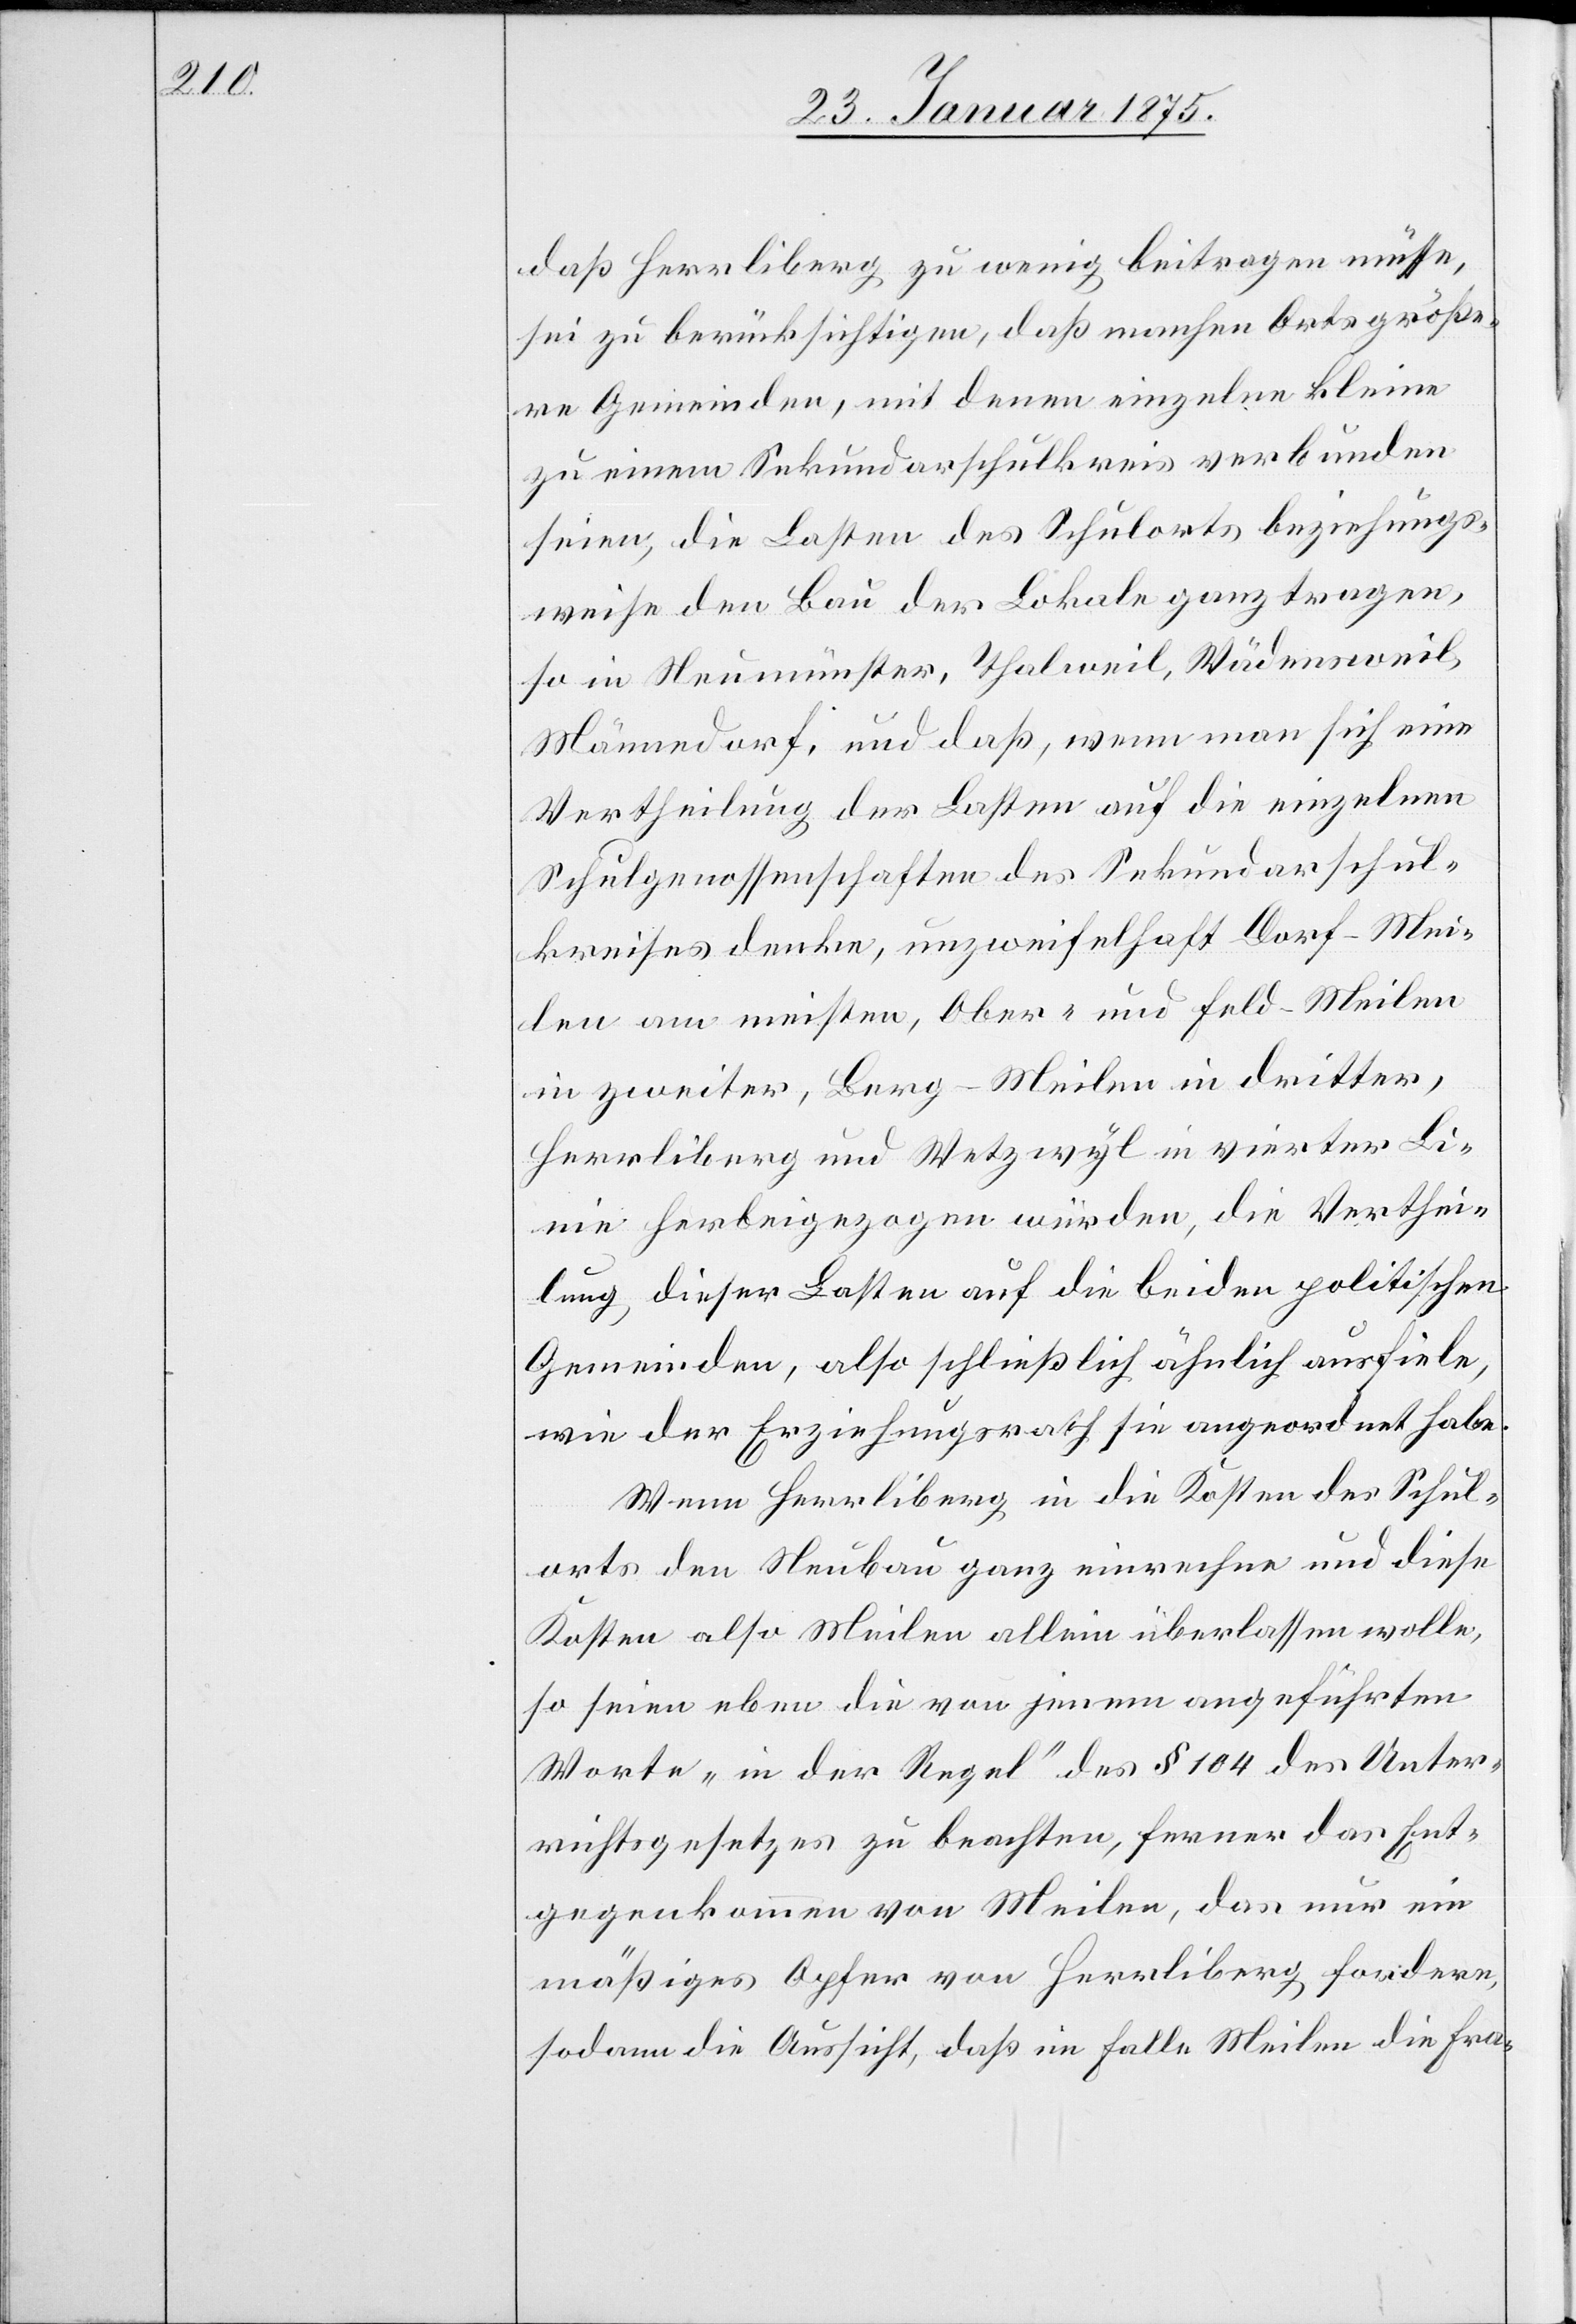
daß Herrliberg zu wenig beitragen müsse,
sei zu berücksichtigen, daß manchen Orts größe¬
re Gemeinden, mit denen einzelne kleine
zu einem Sekundarschulkreis verbunden
seien, die Lasten des Schulorts beziehungs¬
weise den Bau der Lokale ganz tragen,
so in Neumünster, Thalweil, Wädensweil,
Männedorf, und daß, wenn man sich eine
Vertheilung der Lasten auf die einzelnen
Schulgenossenschaften des Sekundarschul¬
kreises denke, unzweifelhaft Dorf-Mei¬
len am meisten, Ober- und Feld-Meilen
in zweiter, Berg-Meilen in dritter,
Herrliberg und Wetzwyl in vierter Li¬
nie herbeigezogen würden, die Verthei¬
lung dieser Lasten auf die beiden politischen
Gemeinden, also schließlich ähnlich ausfiele,
wie der Erziehungsrath sie angeordnet habe.
Wenn Herrliberg in die Kosten des Schul¬
orts den Neubau ganz einrechne und diese
Kosten also Meilen allein überlassen wolle,
so seien eben die von jenem angeführten
Worte „in der Regel“ des § 104 des Unter¬
richtsgesetzes zu beachten, ferner das Ent¬
gegenkommen von Meilen, das nur ein
mäßiges Opfer von Herrliberg fordere,
sodann die Aussicht, daß im Falle Meilen die Fra-